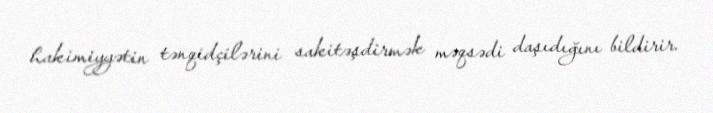
hakimiyyətin tənqidçilərini sakitəşdirmək məqsədi daşıdığını bildirir.